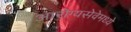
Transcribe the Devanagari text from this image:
आरोग्यसेवेमध्ये